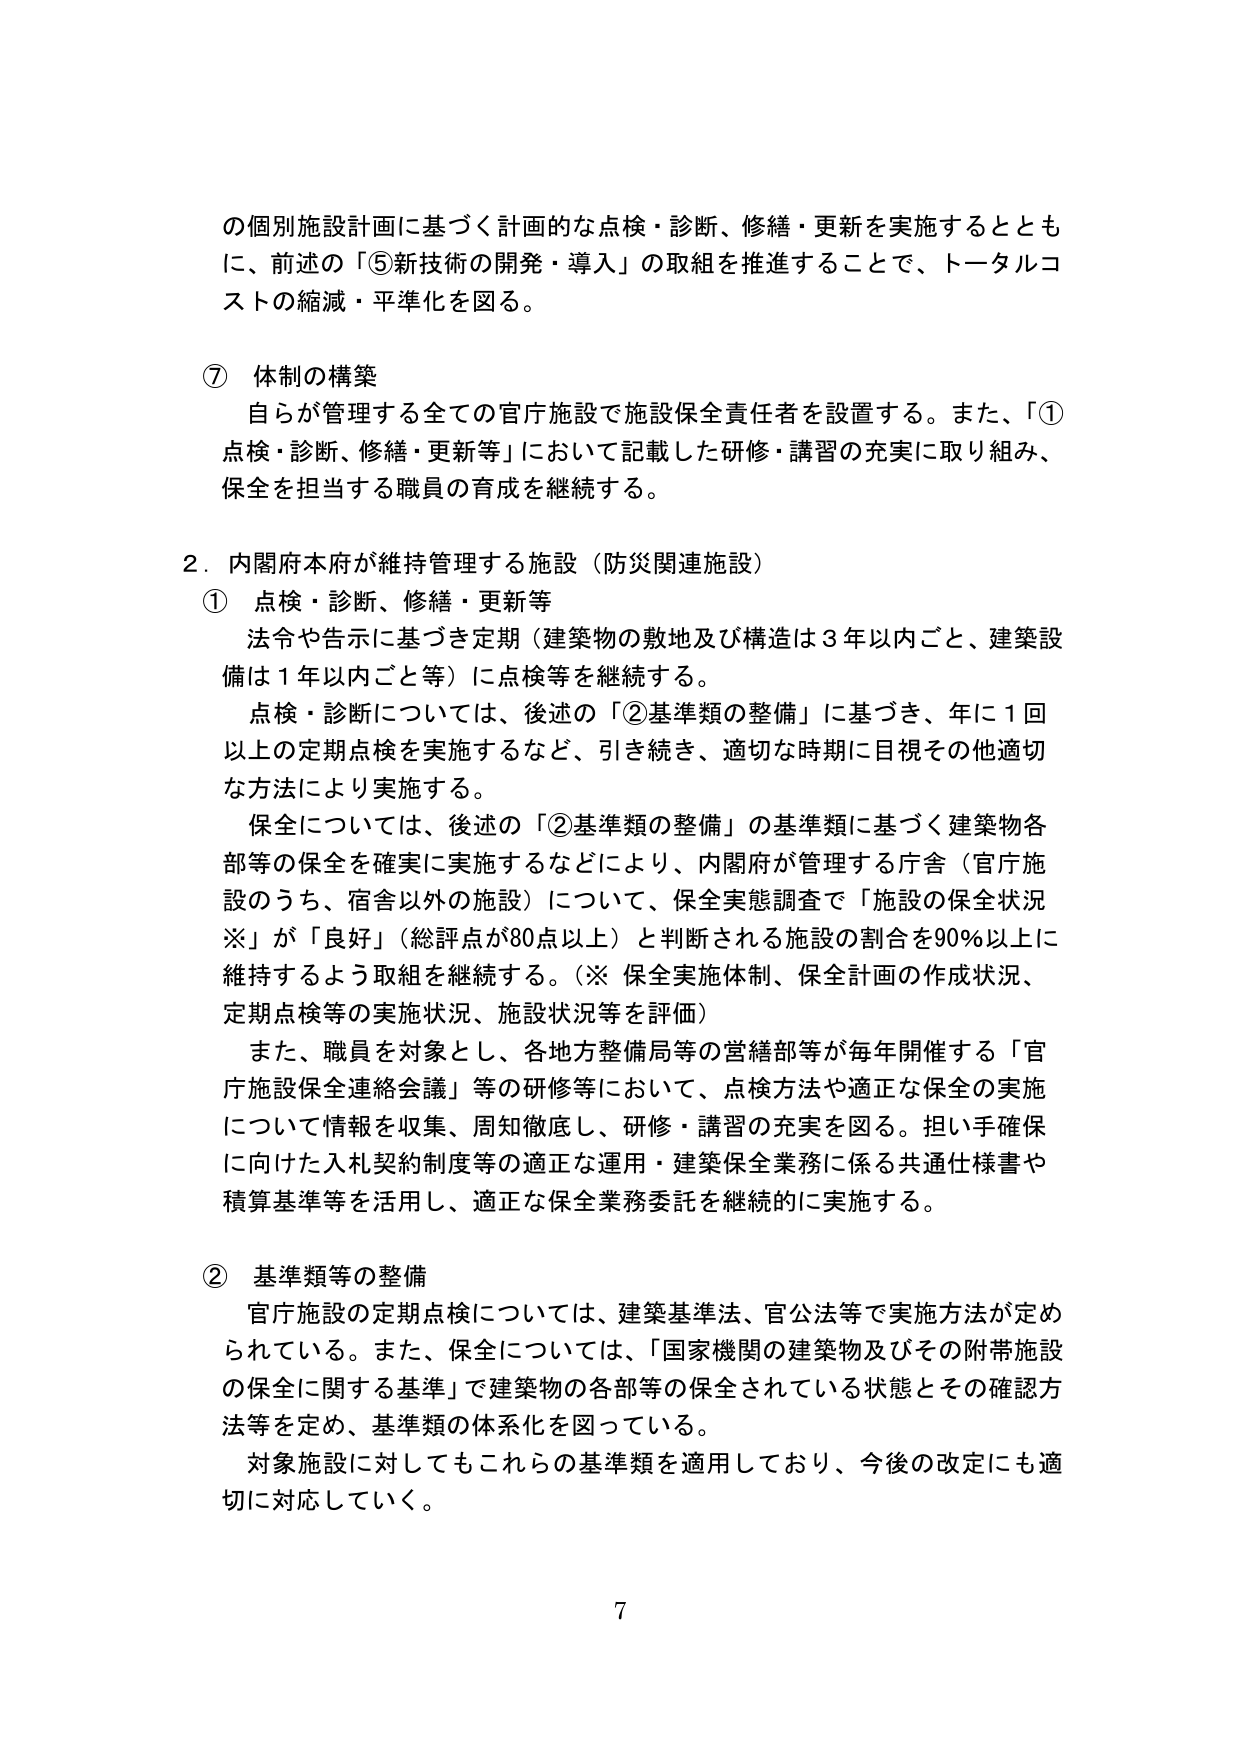
の個別施設計画に基づく計画的な点検・診断、修繕・更新を実施するとともに、前述の「⑤新技術の開発・導入」の取組を推進することで、トータルコストの縮減・平準化を図る。

⑦ 体制の構築
自らが管理する全ての官庁施設で施設保全責任者を設置する。また、「①点検・診断、修繕・更新等」において記載した研修・講習の充実に取り組み、保全を担当する職員の育成を継続する。

2．内閣府本府が維持管理する施設（防災関連施設）
① 点検・診断、修繕・更新等
法令や告示に基づき定期（建築物の敷地及び構造は3年以内ごと、建築設備は1年以内ごと等）に点検等を継続する。
点検・診断については、後述の「②基準類の整備」に基づき、年に1回以上の定期点検を実施するなど、引き続き、適切な時期に目視その他適切な方法により実施する。
保全については、後述の「②基準類の整備」の基準類に基づく建築物各部等の保全を確実に実施するなどにより、内閣府が管理する庁舎（官庁施設のうち、宿舎以外の施設）について、保全実態調査で「施設の保全状況※」が「良好」（総評点が80点以上）と判断される施設の割合を90％以上に維持するよう取組を継続する。（※ 保全実施体制、保全計画の作成状況、定期点検等の実施状況、施設状況等を評価）
また、職員を対象とし、各地方整備局等の営繕部等が毎年開催する「官庁施設保全連絡会議」等の研修等において、点検方法や適正な保全の実施について情報を収集、周知徹底し、研修・講習の充実を図る。担い手確保に向けた入札契約制度等の適正な運用・建築保全業務に係る共通仕様書や積算基準等を活用し、適正な保全業務委託を継続的に実施する。

② 基準類等の整備
官庁施設の定期点検については、建築基準法、官公法等で実施方法が定められている。また、保全については、「国家機関の建築物及びその附帯施設の保全に関する基準」で建築物の各部等の保全されている状態とその確認方法等を定め、基準類の体系化を図っている。
対象施設に対してもこれらの基準類を適用しており、今後の改定にも適切に対応していく。

7